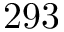
2 9 3